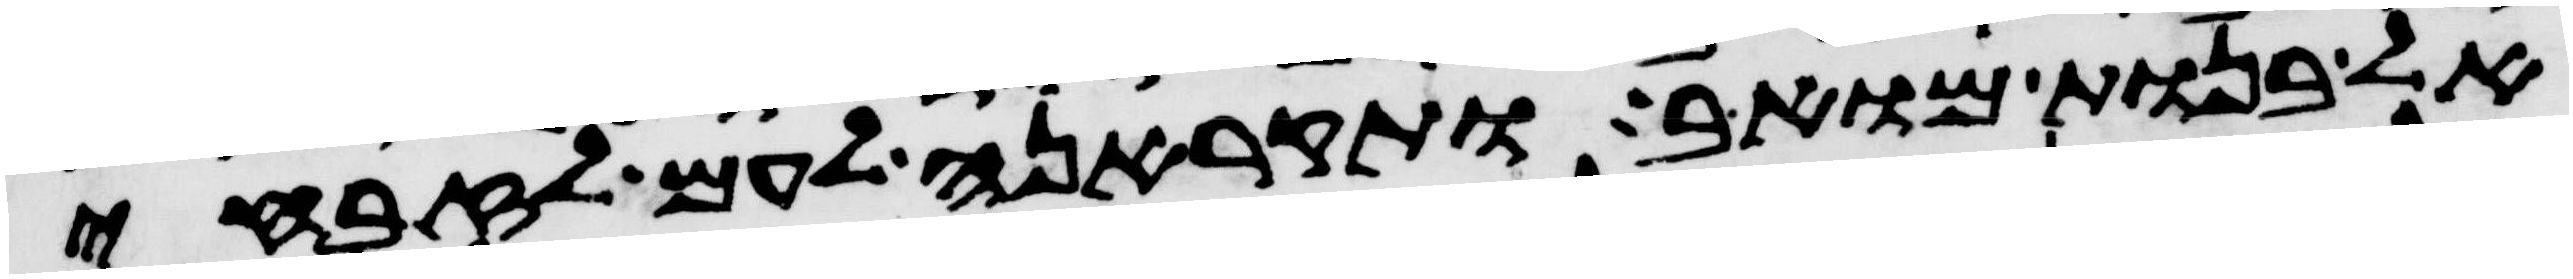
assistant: אל בנות מואב ותקראנה לעם לזבחי